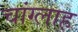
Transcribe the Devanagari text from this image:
चांग्लाह